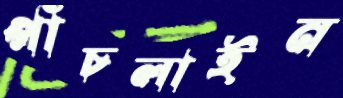
পাঁচলাইন